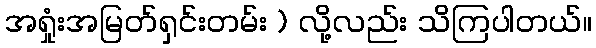
အရှုံးအမြတ်ရှင်းတမ်း ) လို့လည်း သိကြပါတယ်။